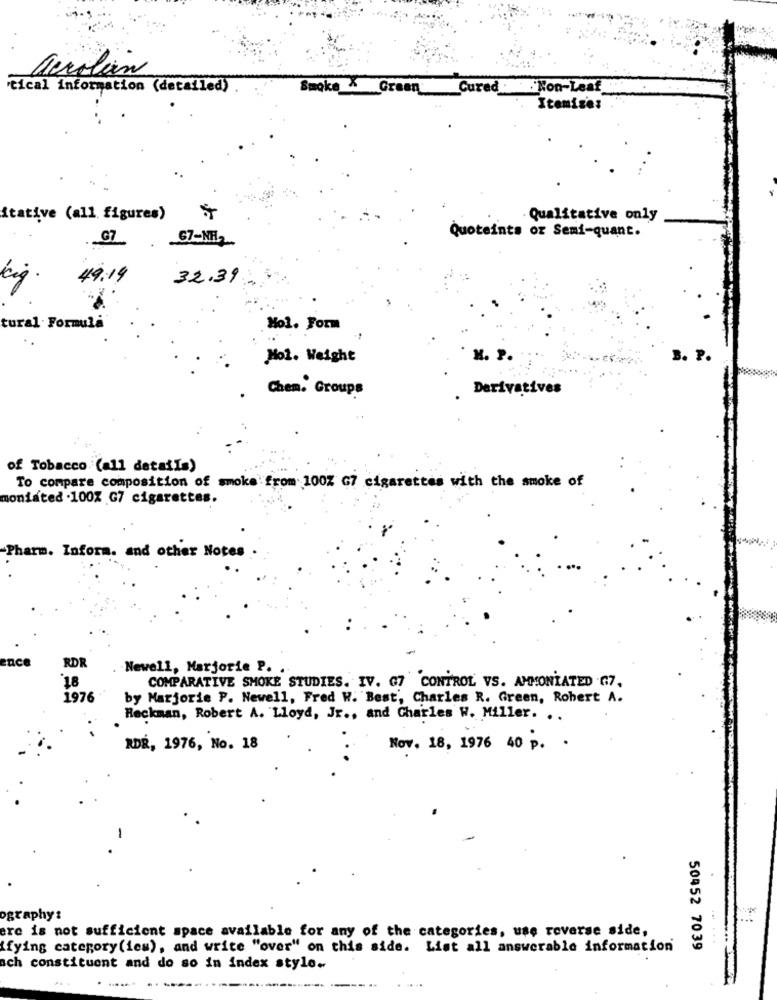
acrolan
tical information (detailed)
Smoke & Green
Cured
"Non-Leaf
Itemize:
itative (all figures)
· Qualitative only
67-NHL2
Quoteints or Semi-quant.
91
49.14
32.39
big.
tural Formula
Hol. Form
Hol. Weight
H. P.
B. P.
Chen. Groups
Derivatives
of Tobacco (all details)
To compare composition of smoke from 100% G7 cigarettes with the smoke of
moniated .100% G7 cigarettes.
Pharm. Infora, and other Notes
RDR
Newell, Marjorie P. .
18
COMPARATIVE SMOKE STUDIES. IV. 67 CONTROL VS. AMMONIATED G7.
1976
by Marjorie P. Newell, Fred W. Best, Charles R. Green, Robert A.
Reckman, Robert A. Lloyd, Jr ., and Charles W. Miller. ..
RDÉ, 1976, No. 18
Nov. 18, 1976 40 p. .
-
ography :
ere is not sufficient space available for any of the categories, use reverse side,
Ifying category(ies), and write "over" on this side. List all answerable information
50452 7039
ach constituent and do so in index stylo.